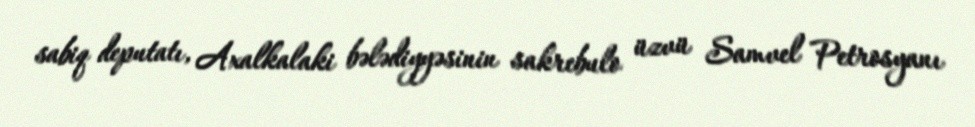
sabiq deputatı, Axalkalaki bələdiyyəsinin sakrebulo üzvü Samvel Petrosyanı